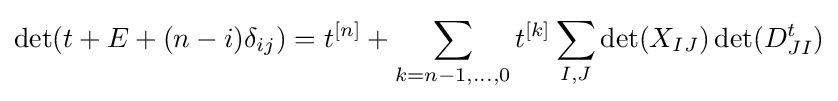
\det(t+E+(n-i)\delta _{ij})=t^{[n]}+\sum _{k=n-1,\dots ,0}t^{[k]}\sum _{I,J}\det(X_{IJ})\det(D_{JI}^{t})